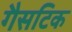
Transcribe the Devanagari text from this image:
गैसटिक